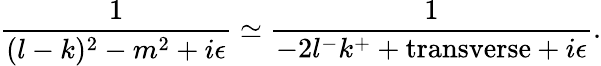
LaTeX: \frac{1}{(l-k)^{2}-m^{2}+i\epsilon}\simeq\frac{1}{-2l^{-}k^{+}+\mathrm{transverse}+i\epsilon}.